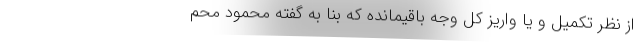
از نظر تکمیل و یا واریز کل وجه باقیمانده که بنا به گفته محمود محم